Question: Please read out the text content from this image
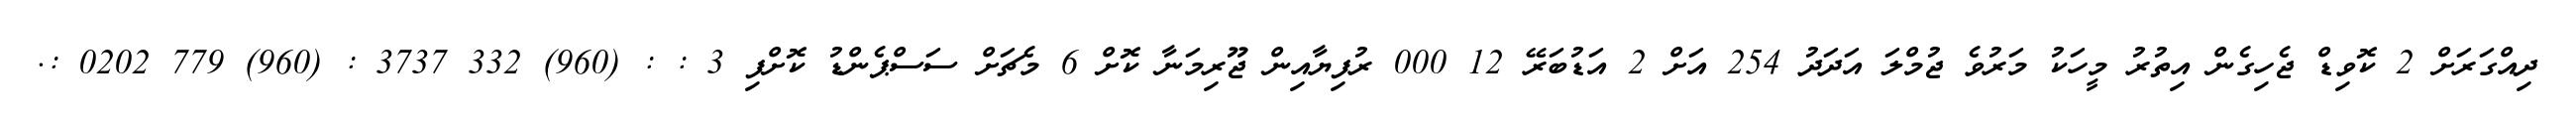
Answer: ދިއްގަރަށް 2 ކޮވިޑް ޖެހިގެން އިތުރު މީހަކު މަރުވެ ޖުމްލަ އަދަދު 254 އަށް 2 އަޑުބަރޭ 12 000 ރުފިޔާއިން ޖޫރިމަނާ ކޮށް 6 މެޗަށް ސަސްޕެންޑު ކޮށްފި 3 : : (960) 332 3737 : (960) 779 0202 :.